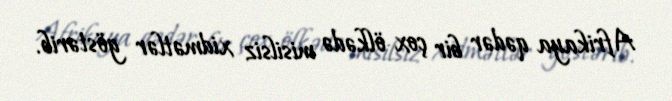
Afrikaya qədər bir çox ölkədə misilsiz xidmətlər göstərib.